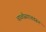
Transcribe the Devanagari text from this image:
चाळीसगाववरून